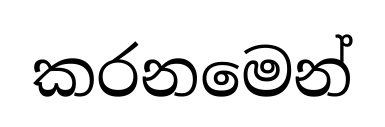
කරනමෙන්